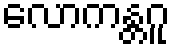
လောကန္တဂူ